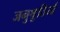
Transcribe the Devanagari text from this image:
जनुश्रुतियाँ